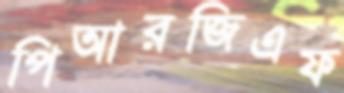
পিআরজিএফ